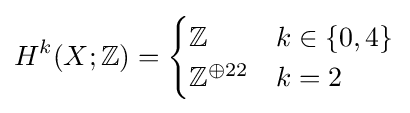
H^{k}(X;\mathbb {Z} )={\begin{cases}\mathbb {Z} &k\in \{0,4\}\\\mathbb {Z} ^{\oplus 22}&k=2\end{cases}}